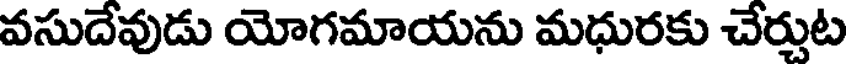
వసుదేవుడు యోగమాయను మధురకు చేర్చుట